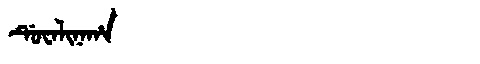
Manchu: ᡩᡠᠸᠠᠯᡳᠨᠠᡥᠠ
Romanization: DUWALINAHA